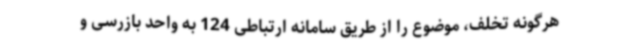
هرگونه تخلف، موضوع را از طریق سامانه ارتباطی 124 به واحد بازرسی و